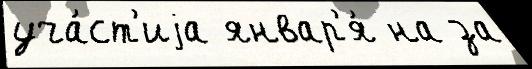
уча́ст'иjа январ'я́ на за